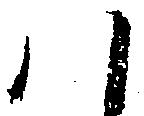
ハ